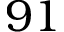
9 1